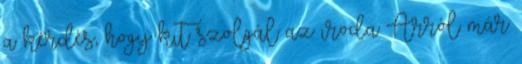
a kérdés, hogy kit szolgál az iroda Arról már